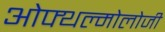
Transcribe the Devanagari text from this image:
ओफ्थल्मोलोजी